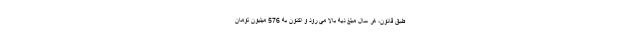
طبق قانون، هر سال مبلغ دیه بالا می رود و اکنون به 576 میلیون تومان